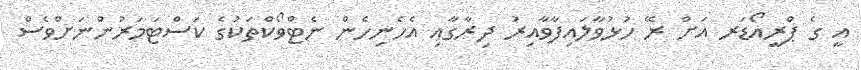
އީ ގެ ޕްރީއޯޑަރ އަށް ރޭ ހުޅުވާލައިފާވާއިރު ދިރާގާއި އެހެނިހެން ނެޓްވޯކްތަކުގެ ކަސްޓަމަރުންނަށްވެސް